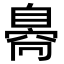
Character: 𦤝